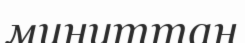
минуттан